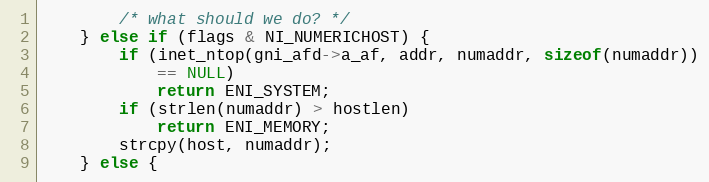
Language: C
        /* what should we do? */
    } else if (flags & NI_NUMERICHOST) {
        if (inet_ntop(gni_afd->a_af, addr, numaddr, sizeof(numaddr))
            == NULL)
            return ENI_SYSTEM;
        if (strlen(numaddr) > hostlen)
            return ENI_MEMORY;
        strcpy(host, numaddr);
    } else {